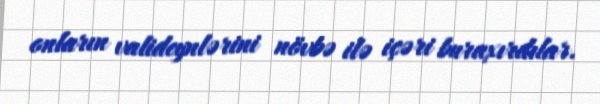
onların valideynlərini növbə ilə içəri buraxırdılar.